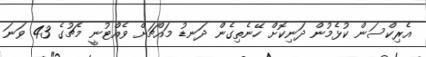
އެރިކްސަން ކުޅެމުން ދަނިކޮށް ހޭނެތިގެން ދަނޑު މައްޗަށް ވެއްޓުނީ މެޗުގެ 43 ވަނަ